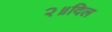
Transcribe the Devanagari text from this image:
२॥दिल